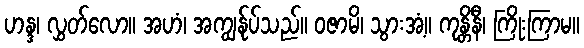
ဟန္ဒ၊ လွှတ်လော။ အဟံ၊ အကျွန်ုပ်သည်။ ဝဇာမိ၊ သွားအံ့။ ကုန္တိနီ၊ ကြိုးကြာမ။